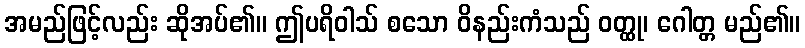
အမည်ဖြင့်လည်း ဆိုအပ်၏။ ဤပရိဝါသ် စသော ဝိနည်းကံသည် ဝတ္ထု၊ ဂေါတ္တ မည်၏။